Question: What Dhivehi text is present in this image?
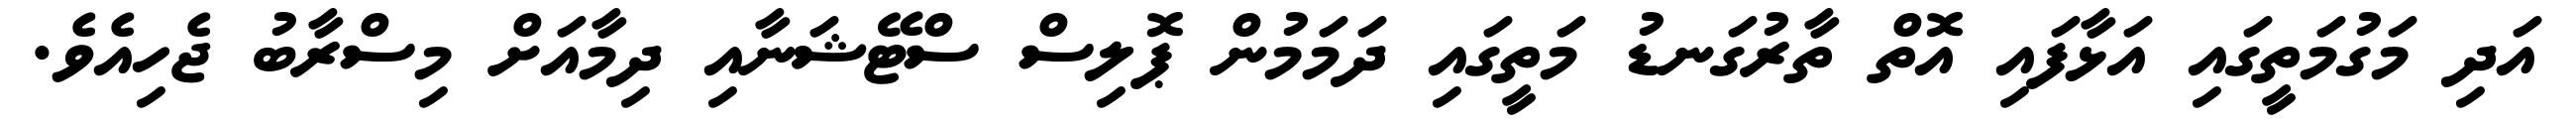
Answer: އަދި މަގުމަތީގައި އަޅާފައި އޮތް ތާރުގަނޑު މަތީގައި ދަމަމުން ޕޮލިސް ސްޓޭޝަނާއި ދިމާއަށް މިސްރާބު ޖެހިއެވެ.